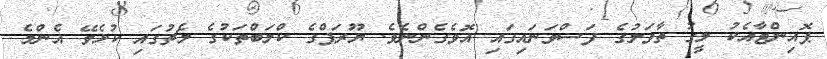
ޕޮއިންޓާއެކު ލީގު ތާވަލުގެ ފަސްވަނައިގައި އޮވެގެންނެވެ. ޔޫރަޕްގެ ކްލަބްތަކުގެ މެޗުގައި ކުޅެވޭ އެންމެ